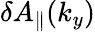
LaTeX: \delta A_{\parallel}(k_{y})